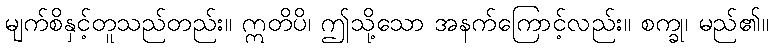
မျက်စိနှင့်တူသည်တည်း။ ဣတိပိ၊ ဤသို့သော အနက်ကြောင့်လည်း။ စက္ခု၊ မည်၏။